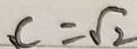
C = \sqrt { 2 }